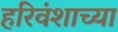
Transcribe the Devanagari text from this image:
हरिवंशाच्या